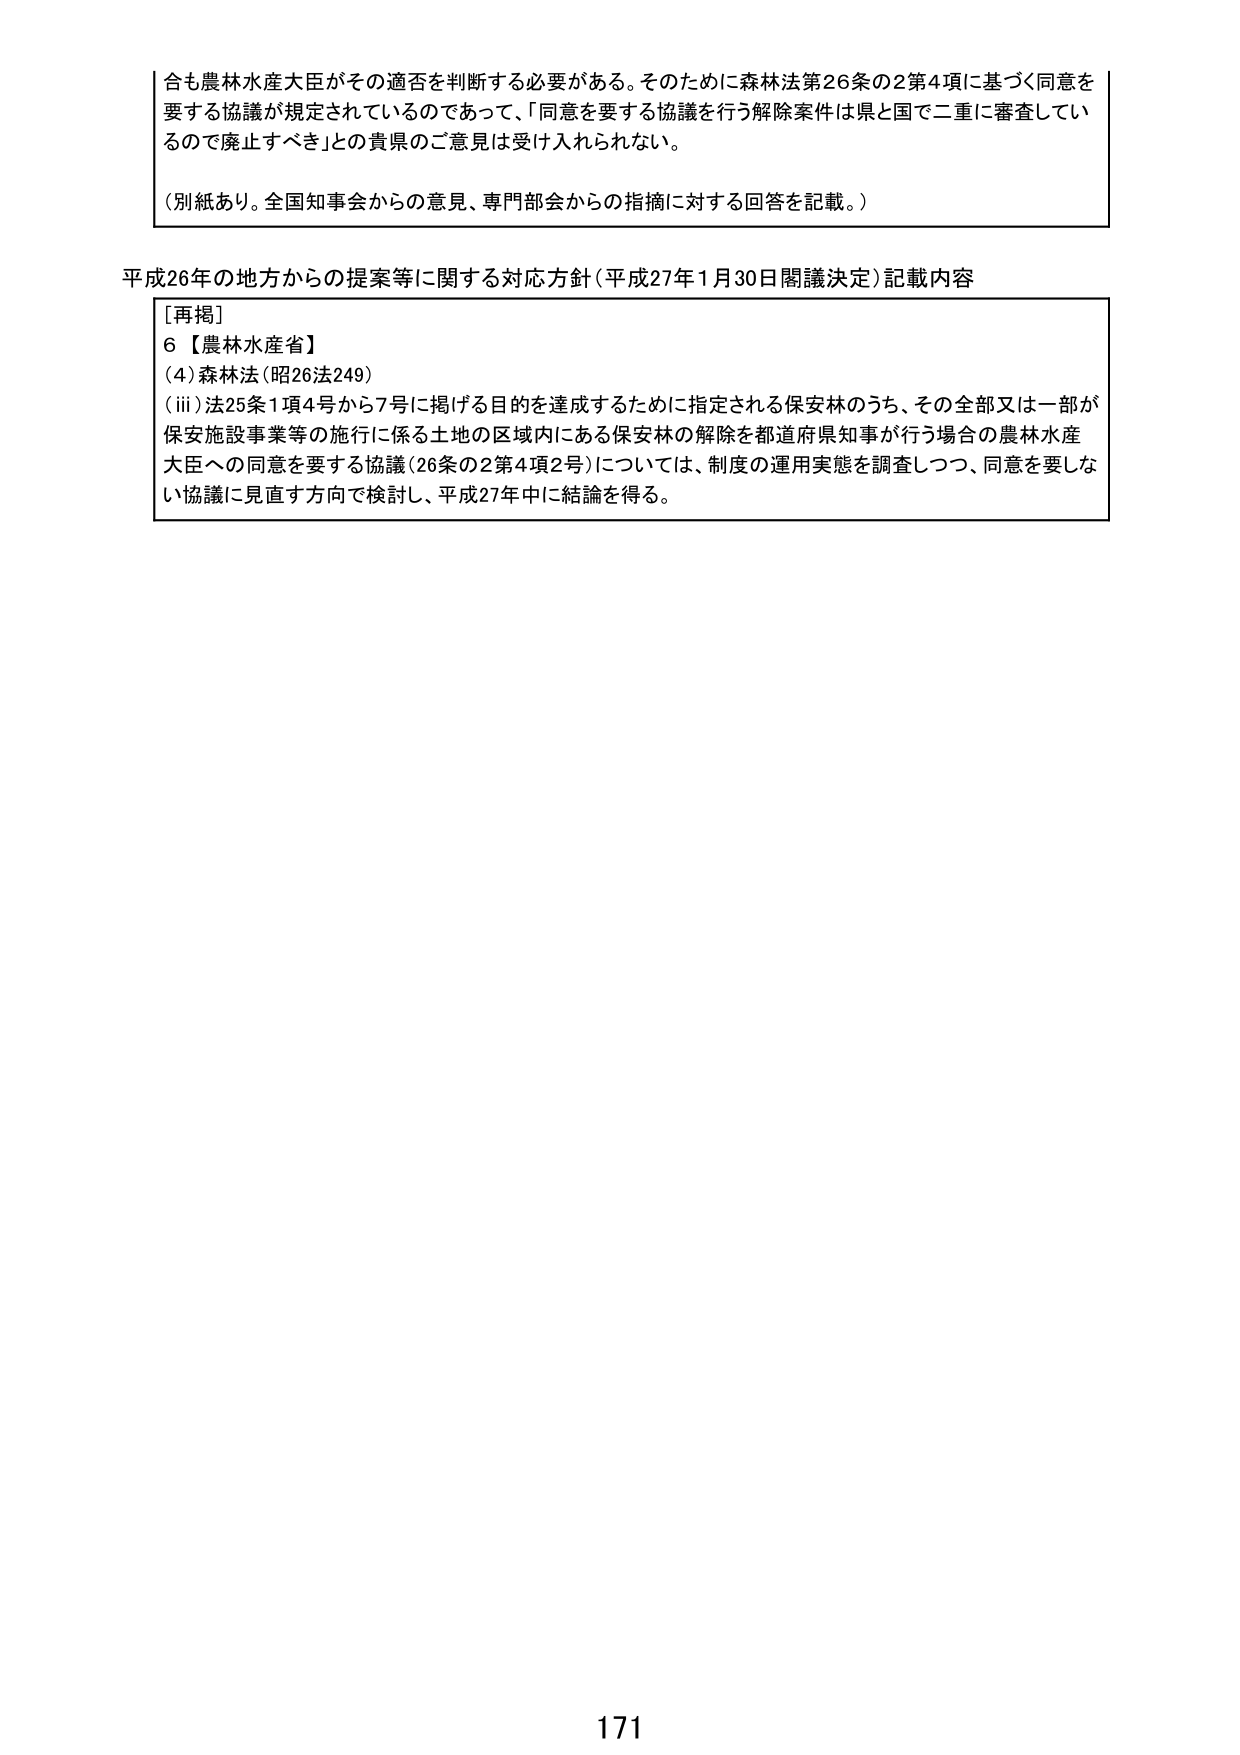
合も農林水産大臣がその適否を判断する必要がある。そのために森林法第26条の2第4項に基づく同意を要する協議が規定されているのであって、「同意を要する協議を行う解除案件は県と国で二重に審査しているので廃止すべき」との貴県のご意見は受け入れられない。

（別紙あり。全国知事会からの意見、専門部会からの指摘に対する回答を記載。）

平成26年の地方からの提案等に関する対応方針（平成27年1月30日閣議決定）記載内容

[再掲]
6【農林水産省】
(4) 森林法（昭26法249）
(iii) 法25条1項4号から7号に掲げる目的を達成するために指定される保安林のうち、その全部又は一部が保安施設事業等の施行に係る土地の区域内にある保安林の解除を都道府県知事が行う場合の農林水産大臣への同意を要する協議（26条の2第4項2号）については、制度の運用実態を調査しつつ、同意を要しない協議に見直す方向で検討し、平成27年中に結論を得る。

171